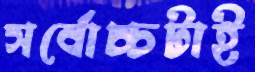
সর্বোচ্চটাই